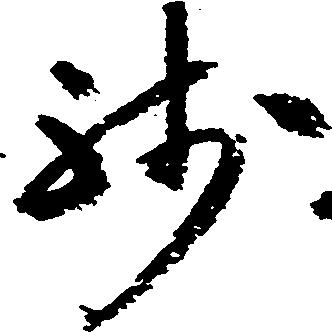
残